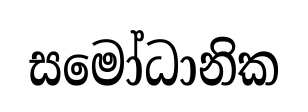
සමෝධානික